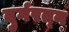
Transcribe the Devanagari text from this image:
दुर्गरत्‍न